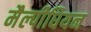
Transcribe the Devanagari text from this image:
मैल्पीघियन